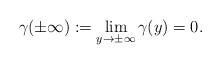
LaTeX: \begin{align*}\gamma(\pm\infty):=\lim_{y\to\pm\infty}\gamma(y)=0.\end{align*}